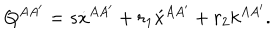
LaTeX: Q ^ { A A ^ { \prime } } = s \dot { x } { } ^ { A A ^ { \prime } } + r _ { 1 } \acute { x } { } ^ { A A ^ { \prime } } + r _ { 2 } k ^ { A A ^ { \prime } } .